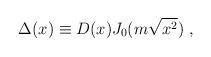
LaTeX: \begin{align*}\Delta (x) \equiv D(x) J_0 (m \sqrt{x^2}) \; ,\end{align*}